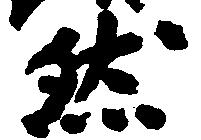
然